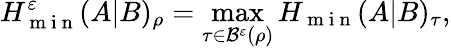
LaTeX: H_{\mathrm{~m~i~n~}}^{\varepsilon}(A|B)_{\rho}=\operatorname*{max}_{\tau\in\mathcal{B}^{\varepsilon}(\rho)}H_{\mathrm{~m~i~n~}}(A|B)_{\tau},